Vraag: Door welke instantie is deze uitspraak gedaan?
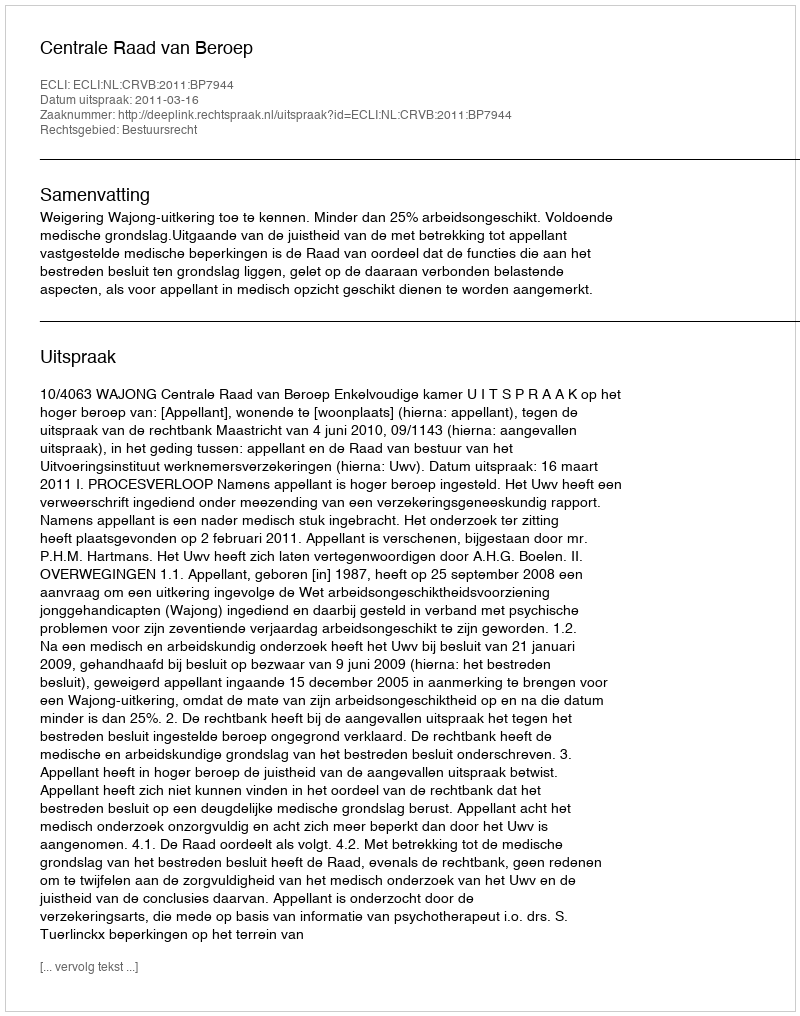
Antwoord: Centrale Raad van Beroep